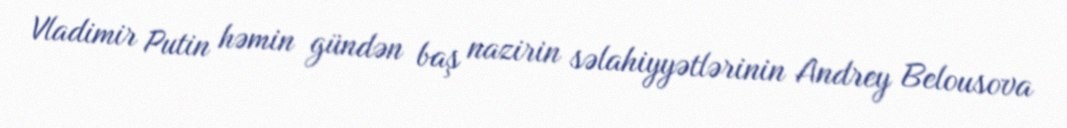
Vladimir Putin həmin gündən baş nazirin səlahiyyətlərinin Andrey Belousova